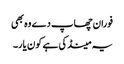
فوران چھاپ دے وہ بھی
یہ مینڈکی ہے کون یار۔